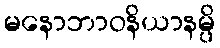
မနောဘာဝနိယာနမ္ပိ